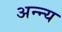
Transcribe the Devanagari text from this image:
अन्न्य